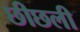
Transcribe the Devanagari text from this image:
छीछली